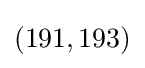
(191,193)